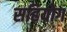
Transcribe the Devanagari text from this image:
सहियोग